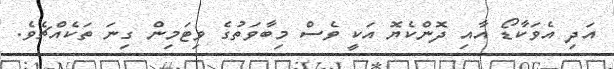
އަދި އެވަކާޑޯ އާއި ދޮންކެޔޮ އަކީ ވެސް މިބާވަތުގެ ވިޓަމިން ގިނަ ތަކެއްޗެވެ.